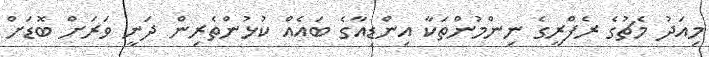
މިއަދު މެޗުގެ ރެފްރީގެ ނިންމުންތަކާ އިންޑިއާގެ ބައެއް ކުޅުންތެރިން ދަނީ ވަރަށް ބޮޑަށް